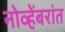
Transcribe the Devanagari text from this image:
नोव्हेंबरांत